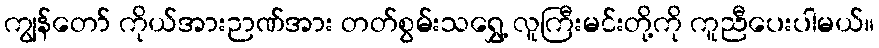
ကျွန်တော် ကိုယ်အားဉာဏ်အား တတ်စွမ်းသရွှေ့ လူကြီးမင်းတို့ကို ကူညီပေးပါမယ်။